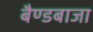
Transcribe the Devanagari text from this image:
बैण्डबाजा